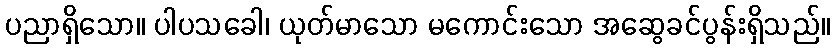
ပညာရှိသော။ ပါပသခေါ၊ ယုတ်မာသော မကောင်းသော အဆွေခင်ပွန်းရှိသည်။